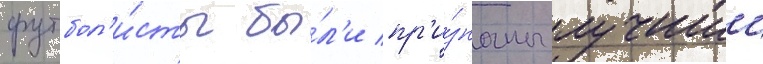
футбол'и́сты бы́л'и пр'и́знаны лучшии